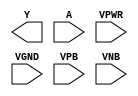
module sky130_fd_sc_hdll__clkinv (
    Y   ,
    A   ,
    VPWR,
    VGND,
    VPB ,
    VNB
);

    output Y   ;
    input  A   ;
    input  VPWR;
    input  VGND;
    input  VPB ;
    input  VNB ;
endmodule